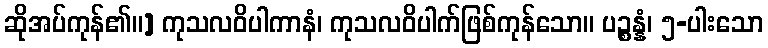
ဆိုအပ်ကုန်၏။] ကုသလဝိပါကာနံ၊ ကုသလဝိပါက်ဖြစ်ကုန်သော။ ပဉ္စန္နံ၊ ၅-ပါးသော